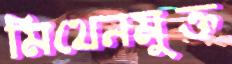
মিথেনমুক্ত